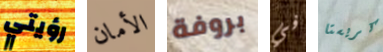
رؤيتي الأمان بروفة في كريستا